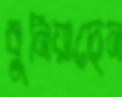
বুনিয়াছেন